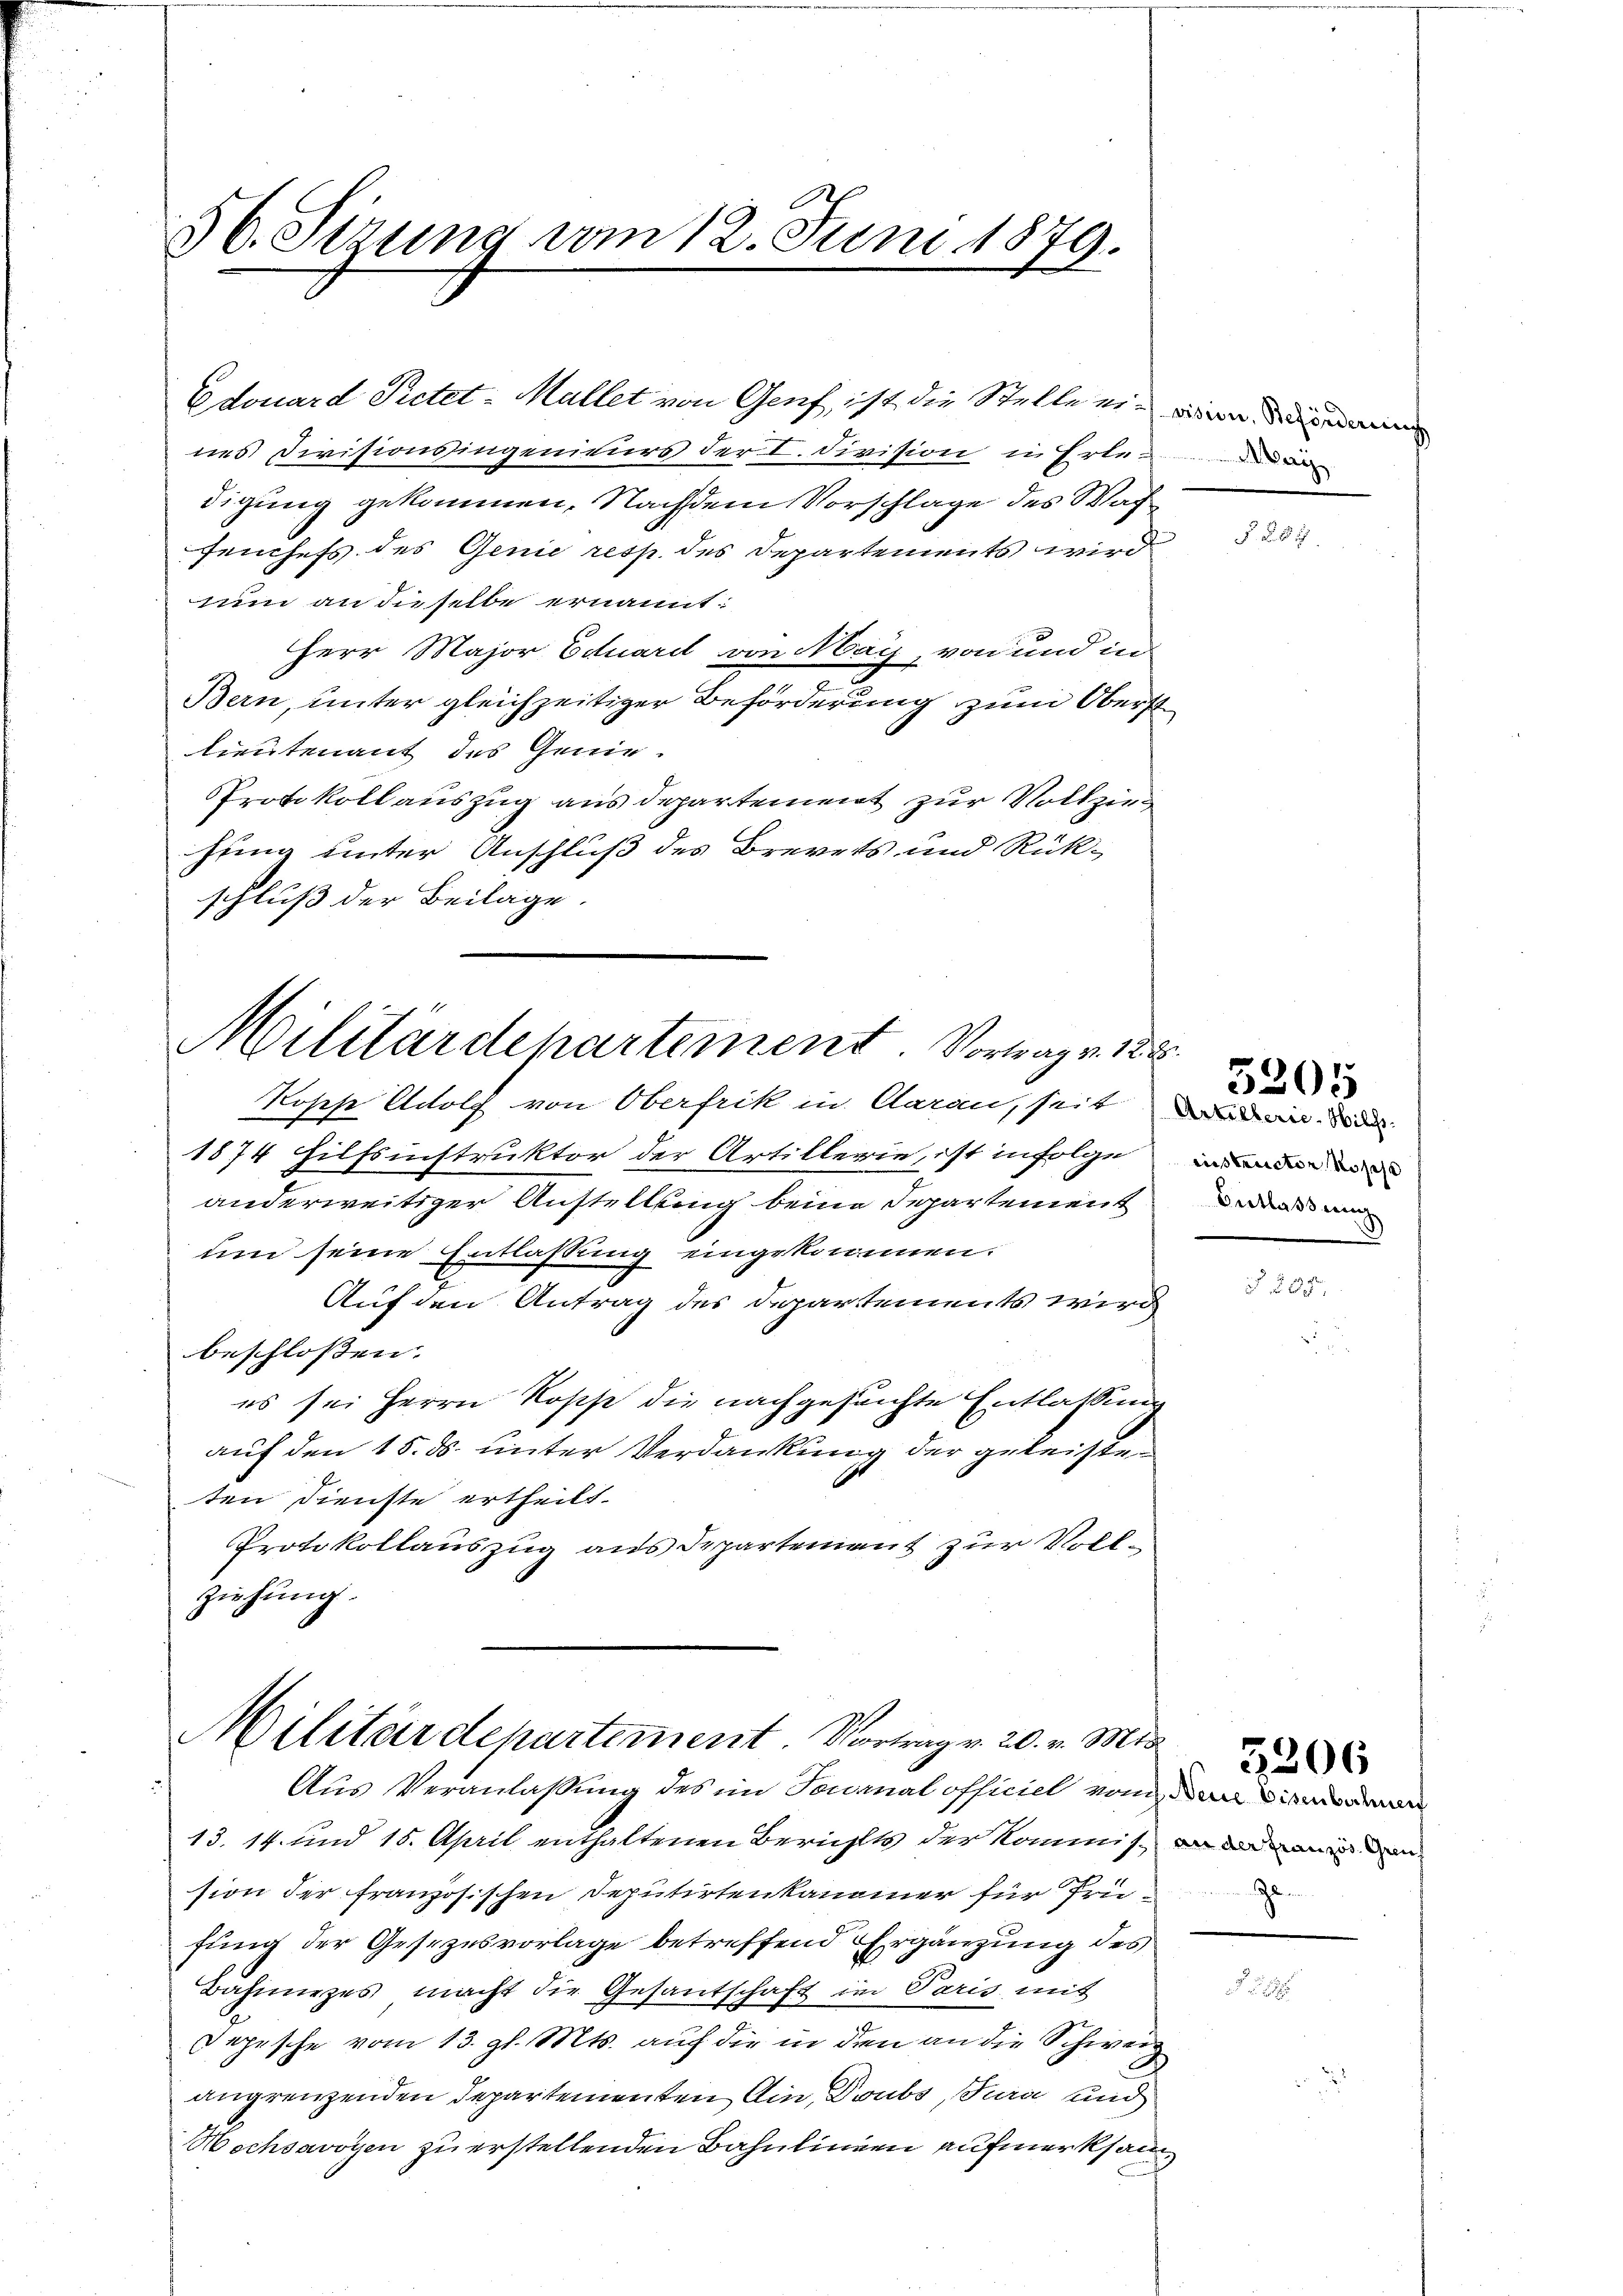
36. Sizung vom 12. Juni 1879.

num an dieselbe ernannt:
lieutenant des Genie.
hung unter Anschluß des Brevets und Rück-
schluß der Beilage.

Edouard Pietet - Mallet von Genf, ist die Stelle ein wird in
nes Divisionsingenieurs der I. Division u Erledi
digung gekommen. Nachdem Vorschlage des Wach
fenchefs des Genie resp. des Departements wird
Herr Major Eduardt von May, von und in
e
Bern, unter gleichzeitiger Beförderung zum Oberst
Protokoll auszug aus departement zur Vollzie¬

Militärdepartement Vortrag v. 18

Kopp Adolf von Oberfrik in Aarau, seit und in
1874 Hilfsinstruktor der Artillerie, ist in Folge
anderweitiger Anstellung beine Departement
um seine Entlassung eingekommen.
Auf den Antrag des Departements wird
beschlossen:
es sei Herrn Rosse die nachgesuchte Entlassung
auf den 15. ds. unter Verdankung der geleisten
ten Dienste ertheilt.
Protokollauszug aus Departement zur Vollziehung.

Militärdepartement. Vortrag v. 20. v. Mts.

Aus Veranlassung des im Journal officiel vom
13. 14. und 15. April enthaltenen Berichts der Kommis an um d
sion der französischen Deputirtenkammer für früfung der Gesezesvorlage betreffend Ergänzung des
Bahmiges macht die Gesantschaft in Paris mit
Depesche vom 13. gl. Mts. auf die in den an die Schweiz
angrenzenden Departementen bin, Drubs, Jura und
Hochsavoyen zu erstellenden Bahnlinien aufmerksam¬

F. S. 87.

H
nistructor Rosche
Entlassung

3205

Zun

3206